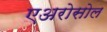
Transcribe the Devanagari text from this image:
एअरोसोल